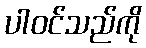
ပါဝင်သည်ကို